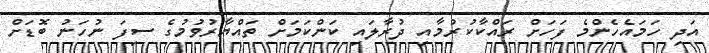
އަދި ހަމައެހެންމެ ފަހަށް ރައްކާކުރުމާއި ދުރާލައި ކަންކަމަށް ތައްޔާރުވުމުގެ ސިފަ ނުހަނު ބޮޑަށް